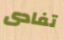
تفادى